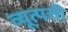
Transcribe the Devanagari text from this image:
व्यूत्पत्ती